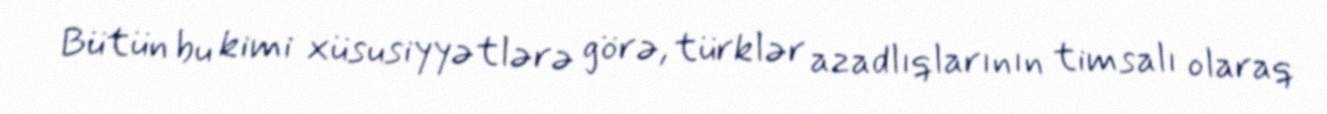
Bütün bu kimi xüsusiyyətlərə görə, türklər azadlıqlarının timsalı olaraq